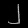
Digit: ၂